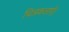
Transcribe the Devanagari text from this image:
चित्रकलाएँ।